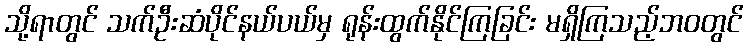
သို့ရာတွင် သက်ဦးဆံပိုင်နယ်ပယ်မှ ရုန်းထွက်နိုင်ကြခြင်း မရှိကြသည့်ဘဝတွင်